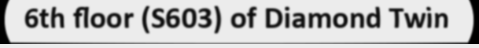
6th floor (S603) of Diamond Twin